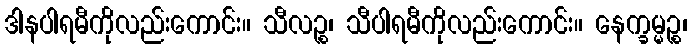
ဒါနပါရမီကိုလည်းကောင်း။ သီလဉ္စ၊ သီပါရမီကိုလည်းကောင်း။ နေက္ခမ္မဉ္စ၊